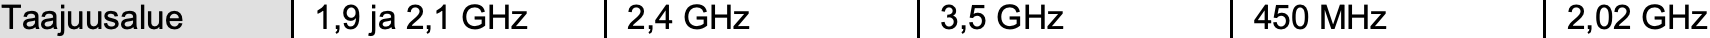
Taajuusalue 1,9 ja 2,1 GHz 2,4 GHz 3,5 GHz 450 MHz 2,02 GHz